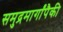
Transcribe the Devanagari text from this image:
समुद्रमार्गांपैकी